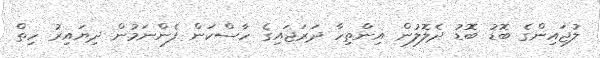
ލުޖައިންގެ ބޮޑު ބޮޑު ދެލޮލުން އިންތިހާ ދަރަޖައިގެ ހާސްކަން ފެންނަމުން ދިޔައިރު ހިތް